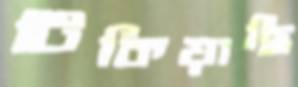
টিকিয়াছি